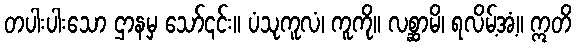
တပါးပါးသော ဌာနမှ သော်၎င်း။ ပံသုကူလံ၊ ကူကို။ လစ္ဆာမိ၊ ရလိမ့်အံ့။ ဣတိ